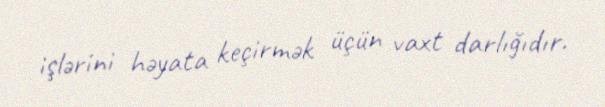
işlərini həyata keçirmək üçün vaxt darlığıdır.